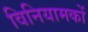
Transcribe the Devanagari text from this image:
विनियामकों